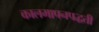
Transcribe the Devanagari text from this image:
कालमापनपद्धती